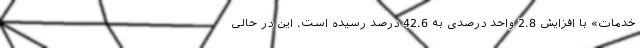
خدمات» با افزایش 2.8 واحد درصدی به 42.6 درصد رسیده است. این در حالی